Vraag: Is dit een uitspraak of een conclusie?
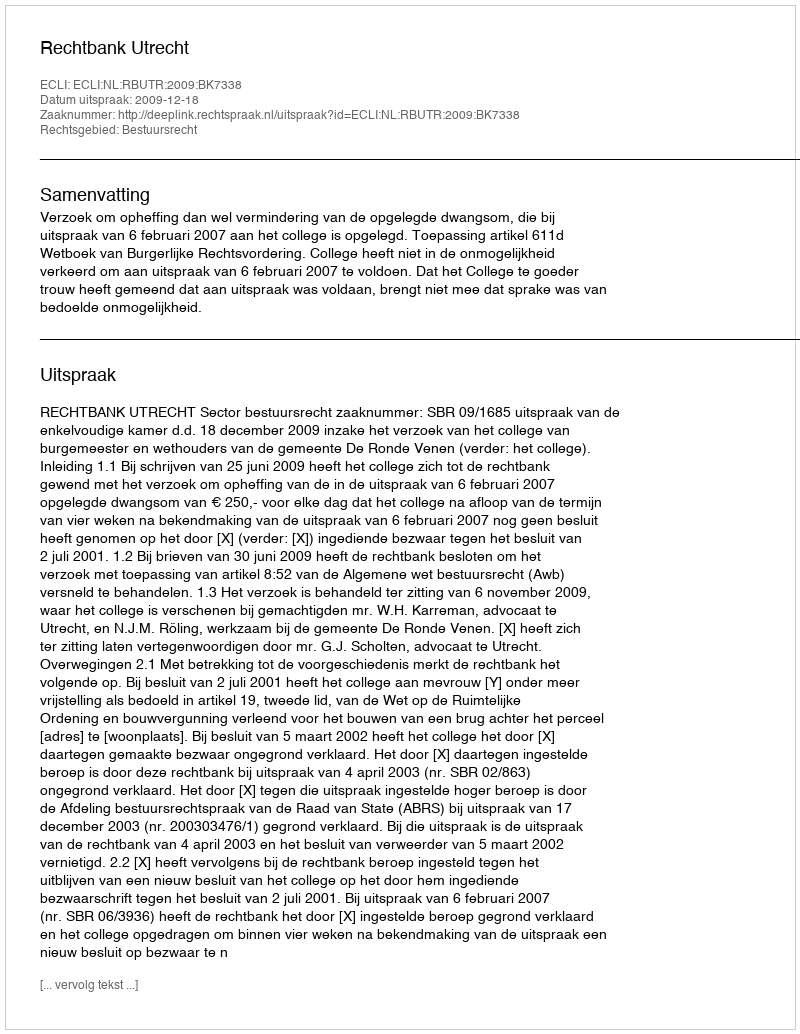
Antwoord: Uitspraak